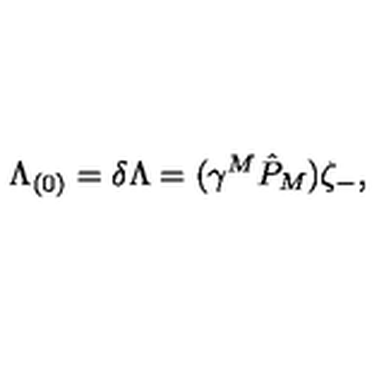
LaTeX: { \Lambda _ { ( 0 ) } = \delta \Lambda = ( \gamma ^ { M } \hat { P } _ { M } ) \zeta _ { - } , }